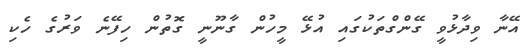
އޭނާ ވިދާޅުވީ ގޭންގްތަކުގައި އުޅޭ މީހުން ގާނޫނީ ގޮތުން ހިފޭނެ ވަރުގެ ހެކި